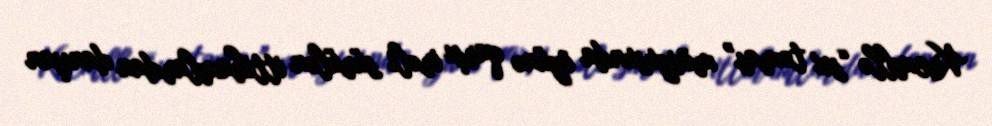
Kremllə “sıx təmas” mövzusunda özünə qarşı irəli sürülən ittihamlardan danışan